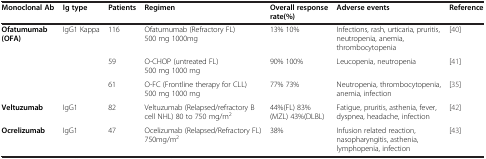
<table><thead><tr><td><b>Monoclonal Ab</b></td><td><b>Ig type</b></td><td><b>Patients</b></td><td><b>Regimen</b></td><td><b>Overall response rate(%)</b></td><td><b>Adverse events</b></td><td><b>Reference</b></td></tr></thead><tbody><tr><td rowspan="3"><b>Ofatumumab (OFA)</b></td><td rowspan="3">IgG1 Kappa</td><td>116</td><td>Ofatumumab (Refractory FL) 500 mg 1000mg</td><td>13% 10%</td><td>Infections, rash, urticaria, pruritis, neutropenia, anemia, thrombocytopenia</td><td>[40]</td></tr><tr><td>59</td><td>O-CHOP (untreated FL) 500 mg 1000 mg</td><td>90% 100%</td><td>Leucopenia, neutropenia</td><td>[41]</td></tr><tr><td>61</td><td>O-FC (Frontline therapy for CLL) 500 mg 1000 mg</td><td>77% 73%</td><td>Neutropenia, thrombocytopenia, anemia, infection</td><td>[35]</td></tr><tr><td><b>Veltuzumab</b></td><td>IgG1</td><td>82</td><td>Veltuzumab (Relapsed/refractory B cell NHL) 80 to 750 mg/m<sup>2</sup></td><td>44%(FL) 83%(MZL) 43%(DLBL)</td><td>Fatigue, pruritis, asthenia, fever, dyspnea, headache, infection</td><td>[42]</td></tr><tr><td><b>Ocrelizumab</b></td><td>IgG1</td><td>47</td><td>Ocelizumab (Relapsed/Refractory FL) 750mg/m<sup>2</sup></td><td>38%</td><td>Infusion related reaction, nasopharyngitis, asthenia, lymphopenia, infection</td><td>[43]</td></tr></tbody></table>